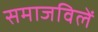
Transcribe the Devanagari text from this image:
समाजविलें